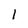
Character: 1